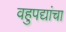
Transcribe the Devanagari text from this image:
वहुपद्यांचा